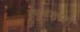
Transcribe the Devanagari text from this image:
रघुवंशसार